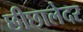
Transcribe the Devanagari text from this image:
छीछालेदर